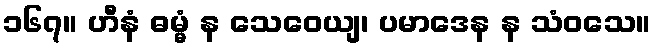
၁၆၇။ ဟီနံ ဓမ္မံ န သေဝေယျ၊ ပမာဒေန န သံဝသေ။